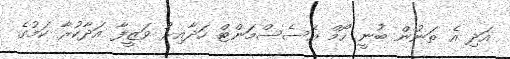
އަދި އެ ތަނުން ބުނީ ހޯމް އެސެސްމަންޓް ހަދާއިރު ވަޒީފާ އަދާކުރާ ކަމުގެ